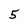
Character: 5